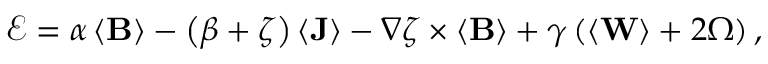
\boldsymbol { \mathcal { E } } = \alpha \left\langle \mathbf { B } \right\rangle - \left( \beta + \zeta \right) \left\langle \mathbf { J } \right\rangle - \nabla \zeta \times \left\langle \mathbf { B } \right\rangle + \gamma \left( \left\langle \mathbf { W } \right\rangle + 2 \boldsymbol { \Omega } \right) ,